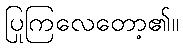
ပြုကြလေတော့၏။